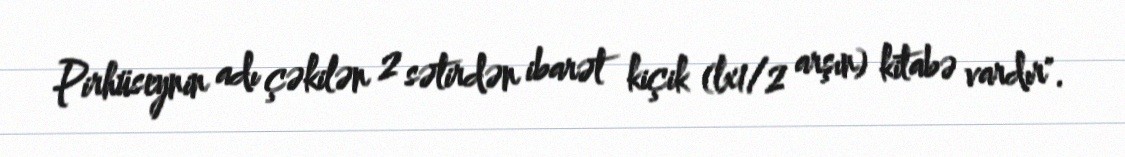
Pirhüseynin adı çəkilən 2 sətirdən ibarət kiçik (lx1/2 arşın) kitabə vardır".